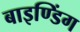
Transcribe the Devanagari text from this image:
बाइण्डिंग